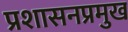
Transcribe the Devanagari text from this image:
प्रशासनप्रमुख